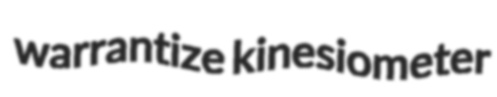
warrantize kinesiometer